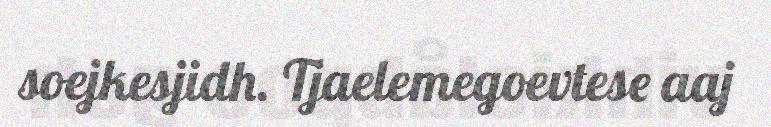
soejkesjidh. Tjaelemegoevtese aaj